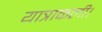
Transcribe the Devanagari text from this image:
यात्राकली।